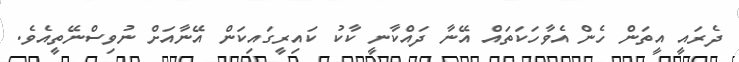
ދެރައީ އީތަން ހެން އެވާހަކަތައް އޭނާ ދައްކާނީ ކާކު ކައިރީގައިކަން އޭނާއަށް ނުވިސްނޭތީއެވެ.